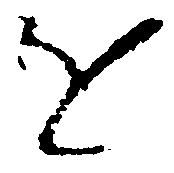
を